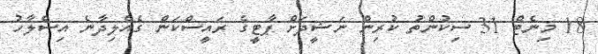
18 މިނެޓް 31 ސިކުންތު ކުރިން ނަޝީދަށް ޕާޓީގެ ރައީސްކަން ގެއްލިދާނެ އިސްލާހު